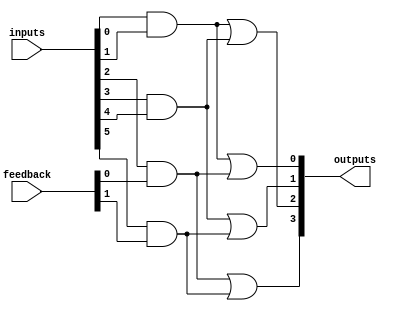
module HS_PAL (
    input wire [N-1:0] inputs,      // N input lines
    input wire [M-1:0] feedback,     // M feedback lines from outputs
    output wire [P-1:0] outputs      // P output lines
);

// Parameters for the design
parameter N = 8; // Number of inputs
parameter M = 4; // Number of feedback lines
parameter P = 4; // Number of outputs
parameter AND_TERMS = 4; // Number of programmable AND gates

// Programmable AND gates
wire [AND_TERMS-1:0] and_outputs;

// Example configuration of AND gates
// Each AND gate can be programmed to connect to different inputs and feedback
assign and_outputs[0] = inputs[0] & inputs[1]; // Example AND gate 1
assign and_outputs[1] = inputs[2] & feedback[0]; // Example AND gate 2
assign and_outputs[2] = inputs[3] & inputs[4]; // Example AND gate 3
assign and_outputs[3] = inputs[5] & feedback[1]; // Example AND gate 4

// Fixed OR gates combining the outputs of the AND gates
assign outputs[0] = and_outputs[0] | and_outputs[1]; // Output 1
assign outputs[1] = and_outputs[2] | and_outputs[3]; // Output 2
assign outputs[2] = and_outputs[0] | and_outputs[2]; // Output 3
assign outputs[3] = and_outputs[1] | and_outputs[3]; // Output 4

endmodule